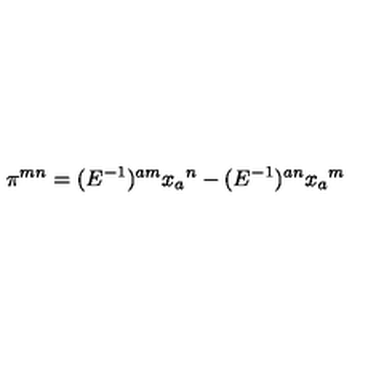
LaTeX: \pi ^ { m n } = ( E ^ { - 1 } ) ^ { a m } x _ { a } { } ^ { n } - ( E ^ { - 1 } ) ^ { a n } x _ { a } { } ^ { m }